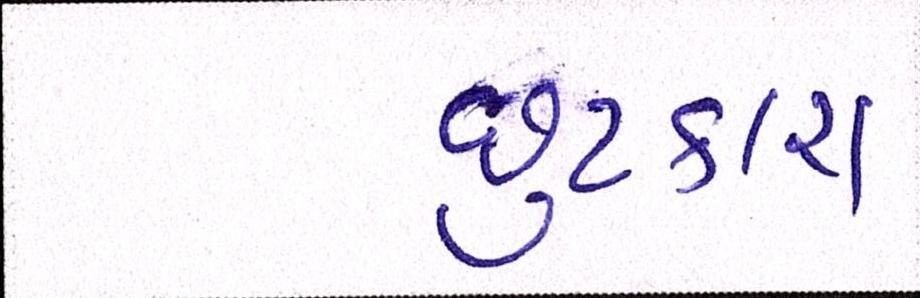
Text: છુટકારા